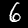
Digit: 6